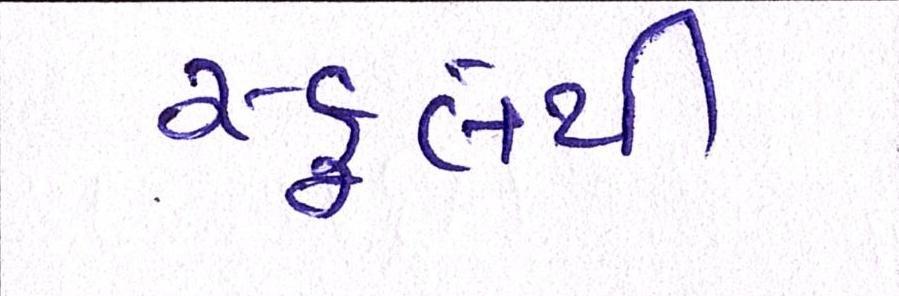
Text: સ્કૂલેથી